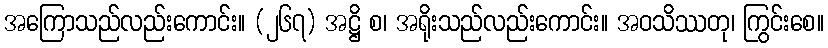
အကြောသည်လည်းကောင်း။ (၂၆၇) အဋ္ဌိ စ၊ အရိုးသည်လည်းကောင်း။ အဝသိဿတု၊ ကြွင်းစေ။